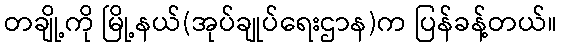
တချို့ကို မြို့နယ်(အုပ်ချုပ်ရေးဌာန)က ပြန်ခန့်တယ်။